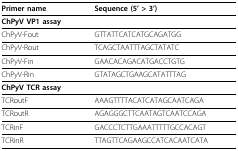
<table><thead><tr><td><b>Primer name</b></td><td><b>Sequence (5&#x27; &gt; 3&#x27;)</b></td></tr></thead><tbody><tr><td><b>ChPyV VP1 assay</b></td><td></td></tr><tr><td>ChPyV-Fout</td><td>GTTATTCATCATGCAGATGG</td></tr><tr><td>ChPyV-Rout</td><td>TCAGCTAATTTAGCTATATC</td></tr><tr><td>ChPyV-Fin</td><td>GAACACAGACATGACCTGTG</td></tr><tr><td>ChPyV-Rin</td><td>GTATAGCTGAAGCATATTTAG</td></tr><tr><td><b>ChPyV TCR assay</b></td><td></td></tr><tr><td>TCRoutF</td><td>AAAGTTTTACATCATAGCAATCAGA</td></tr><tr><td>TCRoutR</td><td>AGAGGGCTTCAATAGTCAATCCAGA</td></tr><tr><td>TCRinF</td><td>GACCCTCTTGAAATTTTTGCCACAGT</td></tr><tr><td>TCRinR</td><td>TTAGTTCAGAAGCCATCACAATCATA</td></tr></tbody></table>